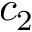
c _ { 2 }